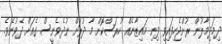
ދިމަދިމާލުން ރުށްޖެހިފައިވި ފިނި މައިޒާނެއް ހުރަސްކޮށް މާ ދުރަށް ނުދެވެނީސް ގެއަށް ދެވުނެވެ.